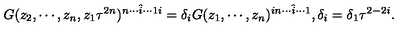
G ( z _ { 2 } , \cdots , z _ { n } , z _ { 1 } \tau ^ { 2 n } ) ^ { n \cdots \hat { i } \cdots 1 i } = \delta _ { i } G ( z _ { 1 } , \cdots , z _ { n } ) ^ { i n \cdots \hat { i } \cdots 1 } , \delta _ { i } = \delta _ { 1 } \tau ^ { 2 - 2 i } .